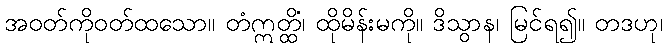
အဝတ်ကိုဝတ်ထသော။ တံဣတ္ထိံ၊ ထိုမိန်းမကို။ ဒိသွာန၊ မြင်ရ၍။ တဒဟု၊